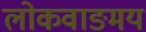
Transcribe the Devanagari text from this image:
लोकवाङमय